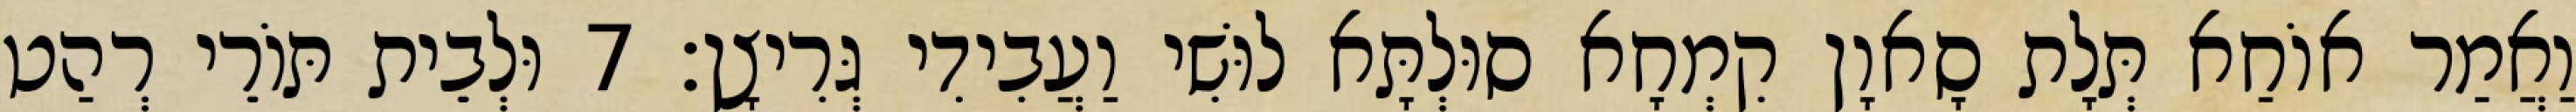
וַאֲמַר אוֹחַא תְּלָת סָאוָן קִמְחָא סוּלְתָּא לוּשִׁי וַעֲבִידִי גְּרִיצָן׃ 7 וּלְבֵית תּוֹרֵי רְהַט